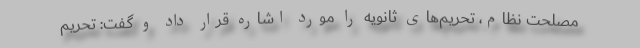
مصلحت نظام، تحریم‌های ثانویه را مورد اشاره قرار داد و گفت: تحریم